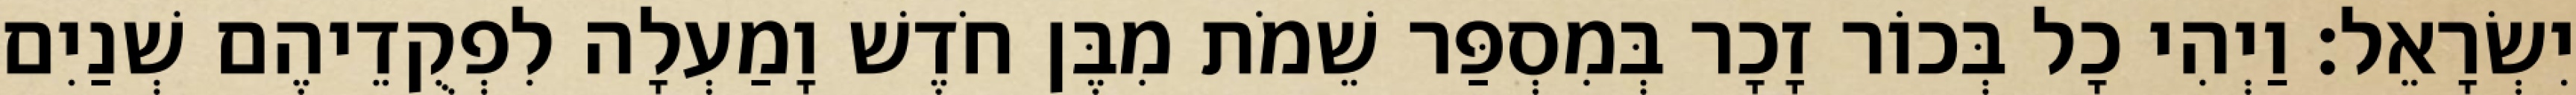
יִשְׂרָאֵל׃ וַיְהִי כָל בְּכוֹר זָכָר בְּמִסְפַּר שֵׁמֹת מִבֶּן חֹדֶשׁ וָמַעְלָה לִפְקֻדֵיהֶם שְׁנַיִם